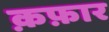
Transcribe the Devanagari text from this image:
क़फ़ार